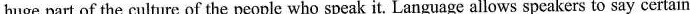
huge part of the culture of the people who speak it. Language allows speakers to say certain